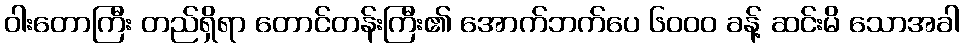
ဝါးတောကြီး တည်ရှိရာ တောင်တန်းကြီး၏ အောက်ဘက်ပေ ၆၀၀၀ ခန့် ဆင်းမိ သောအခါ